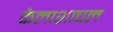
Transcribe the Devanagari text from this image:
कैलाशाचल